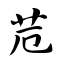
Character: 苊